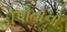
હોપોતાનો